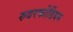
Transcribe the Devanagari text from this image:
रुदरफोर्डियम